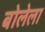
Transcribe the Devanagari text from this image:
बोलेला